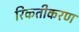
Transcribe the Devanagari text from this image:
रिकतीकरण